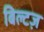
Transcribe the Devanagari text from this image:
बिल्टज़